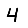
Digit: 4